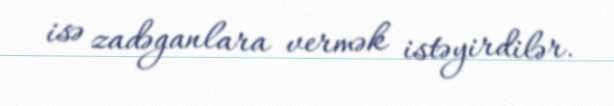
isə zadəganlara vermək istəyirdilər.